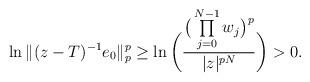
LaTeX: \begin{align*}\ln\|(z-T)^{-1}e_0\|_p^p\geq\ln\bigg(\frac{\big(\prod\limits_{j=0}^{N-1}w_j\big)^p}{|z|^{pN}}\bigg)>0.\end{align*}